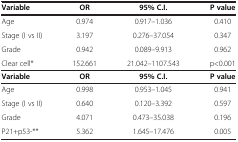
<table><thead><tr><td><b>Variable</b></td><td><b>OR</b></td><td><b>95% C.I.</b></td><td><b>P value</b></td></tr></thead><tbody><tr><td>Age</td><td>0.974</td><td>0.917–1.036</td><td>0.410</td></tr><tr><td>Stage (I vs II)</td><td>3.197</td><td>0.276–37.054</td><td>0.347</td></tr><tr><td>Grade</td><td>0.942</td><td>0.089–9.913</td><td>0.962</td></tr><tr><td>Clear cell*</td><td>152.661</td><td>21.042–1107.543</td><td>p&lt;0.001</td></tr><tr><td><b>Variable</b></td><td><b>OR</b></td><td><b>95% C.I.</b></td><td><b>P value</b></td></tr><tr><td>Age</td><td>0.998</td><td>0.953–1.045</td><td>0.941</td></tr><tr><td>Stage (I vs II)</td><td>0.640</td><td>0.120–3.392</td><td>0.597</td></tr><tr><td>Grade</td><td>4.071</td><td>0.473–35.038</td><td>0.196</td></tr><tr><td>P21+p53-**</td><td>5.362</td><td>1.645–17.476</td><td>0.005</td></tr></tbody></table>